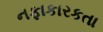
નફાકારકતા